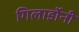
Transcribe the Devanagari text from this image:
गिलार्डोनी